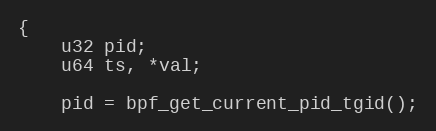
Language: C
{
	u32 pid;
	u64 ts, *val;

	pid = bpf_get_current_pid_tgid();